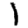
Digit: 1